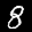
Label: 8